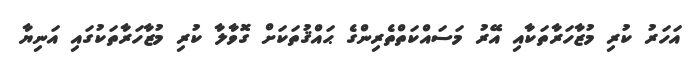
އަހަރު ކުރި މުޒާހަރާތަކާއި އޭރު މަސައްކަތްތެރިންގެ ޙައްޤުތަކަށް ގޮވާލާ ކުރި މުޒާހަރާތަކުގައި އަނިޔާ